Statistical return of the lunatic asylum in Assam - 1912-1932
Year: 1912
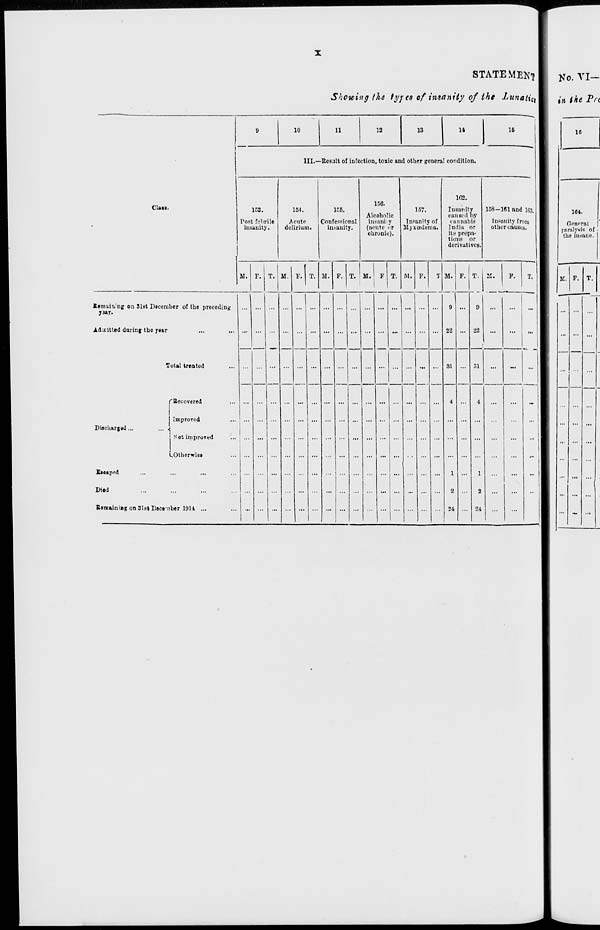
STATEMENT I
Ko. VI-
S ho wing the ty/es of insanity of the Lunatic I fa ike Pre
9
10
11
12
13
14
16
1
III.—Resalt of infoction, toxic and other general condition.
Clan.
1C3.
Post febrile
insanity •
154.
Acute
delirium.
155.
Confessional
intanity.
156.
Alcoholic
insanity
(iieute <>r
chronic).
157.
Insanily of
Myxcedema.
1G2.
Insanity
caused by
taiinabis
Indiu or
it.s prepa-
tions or
derivatives.
158-161 and 163,
Insanity from
other causes.
M. F. T. 11. F. T. M. F. T. M.
I
F T. M. F.
7 M. ,.| T. I M. F. T.
Stmaiaing on 31st December of the preceding
Y3*r.
Admitted daring the year
...
... ...
...
...
...
... ...
9
22
...
9
22
...
m. »
Total treated
31
31
...
...
Discltargad ...
... .
£*eapi>d
Died
E«niainiiig on Slat Deem
r Becovered
Improved
Not improved
..Otherwise
ber 19U ...
4
1
2
24
...
4
1
2
24
...
...